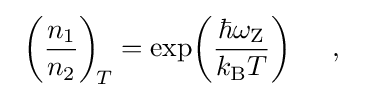
~\left({\frac {n_{1}}{n_{2}}}\right)_{\!T}=\exp \!\left({\frac {\hbar \omega _{\rm {Z}}}{k_{\rm {B}}T}}\right)~~~~,~~~